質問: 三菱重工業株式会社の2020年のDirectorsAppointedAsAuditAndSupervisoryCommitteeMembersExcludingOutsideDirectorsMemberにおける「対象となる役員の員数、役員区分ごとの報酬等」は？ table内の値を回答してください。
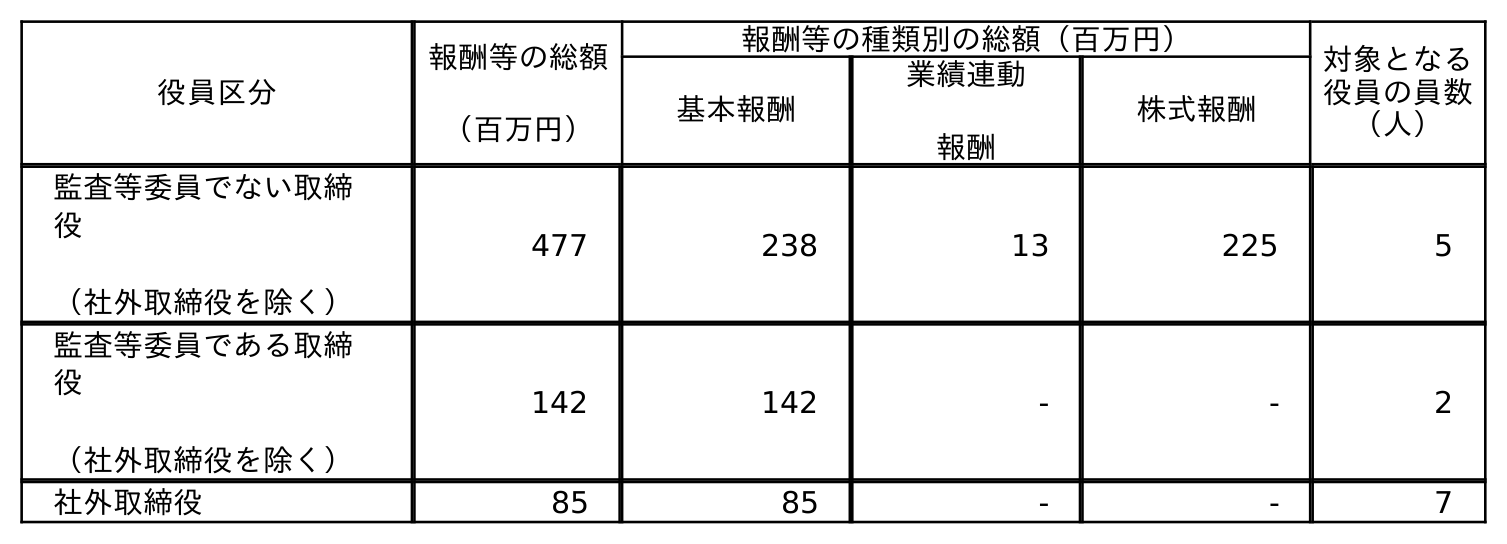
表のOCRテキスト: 役員区分 報酬等の総額 （百万円） 報酬等の種類別の総額（百万円） 対象となる 役員の員数 （人） 基本報酬 業績連動 報酬 株式報酬 監査等委員でない取締 役 （社外取締役を除く） 477 238 13 225 5 監査等委員である取締 役 （社外取締役を除く） 142 142 - - 2 社外取締役 85 85 - - 7
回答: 2